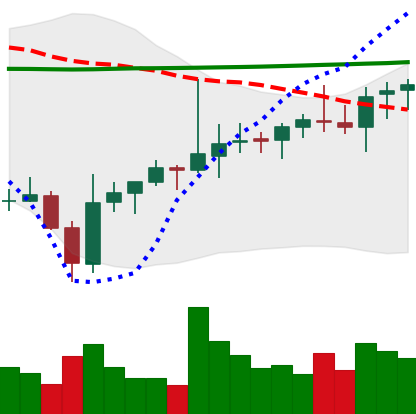
Ticker: ADA-USD
Chart end date: 2021-08-05
Forward return: 20.663%
Label: up_7plus